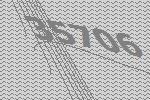
35706